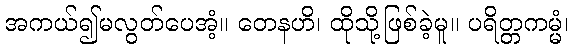
အကယ်၍မလွတ်ပေအံ့။ တေနဟိ၊ ထိုသို့ဖြစ်ခဲ့မူ။ ပရိတ္တကမ္မံ၊